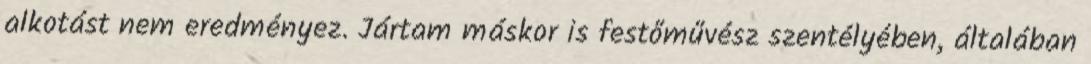
alkotást nem eredményez. Jártam máskor is festőművész szentélyében, általában